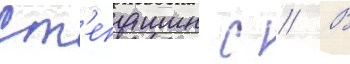
Ст'епашин с // В